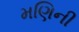
મણિની